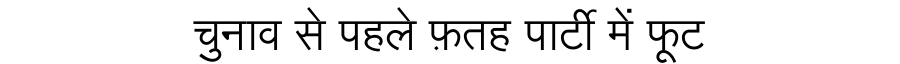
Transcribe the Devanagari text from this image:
चुनाव से पहले फ़तह पार्टी में फूट